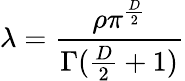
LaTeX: \lambda={\frac{\rho\pi^{\frac{D}{2}}}{\Gamma({\frac{D}{2}}+1)}}